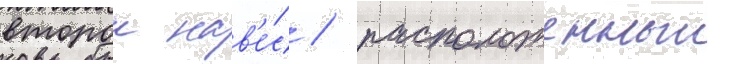
второи нав'е́с / расположенныи